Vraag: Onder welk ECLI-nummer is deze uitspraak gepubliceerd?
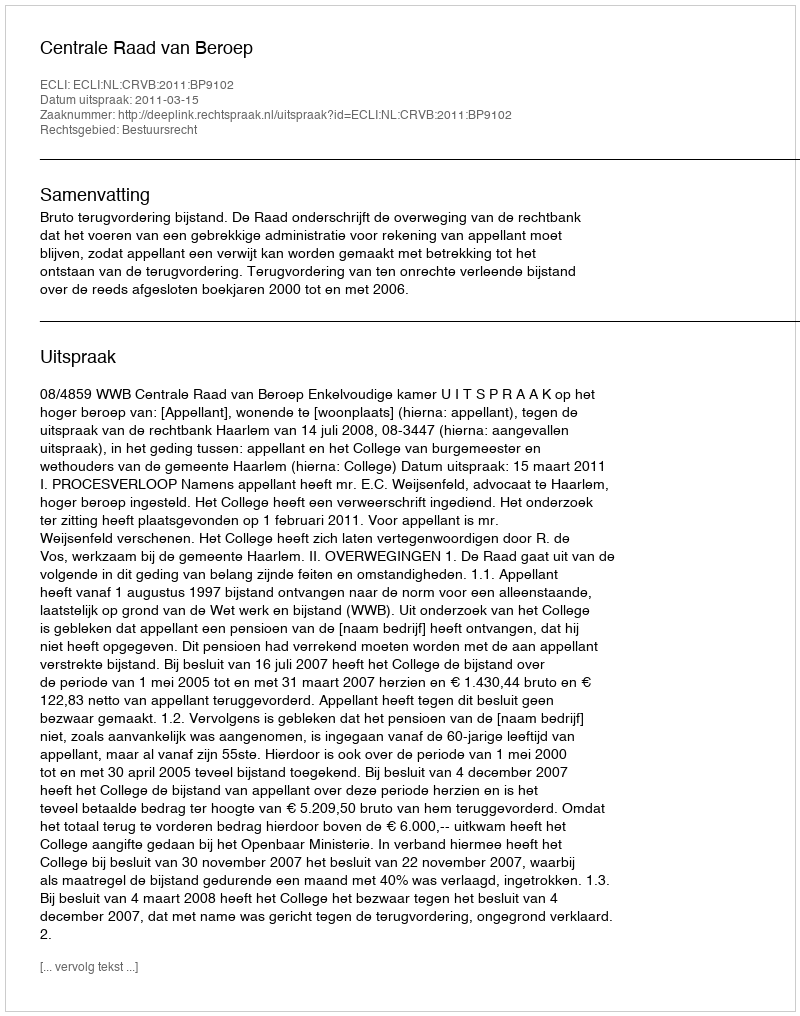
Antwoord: ECLI:NL:CRVB:2011:BP9102